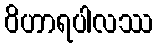
ဝိဟာရပါလဿ